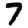
Digit: 7